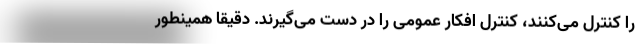
را کنترل می‌کنند، کنترل افکار عمومی را در دست می‌گیرند. دقیقا همینطور